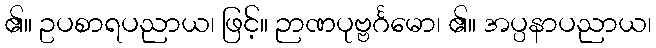
၏။ ဥပစာရပညာယ၊ ဖြင့်။ ဉာဏပုဗ္ဗင်္ဂမော၊ ၏။ အပ္ပနာပညာယ၊